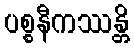
ပစ္စနီကဿန္တိ